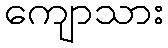
ကျောသား